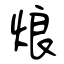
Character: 烺